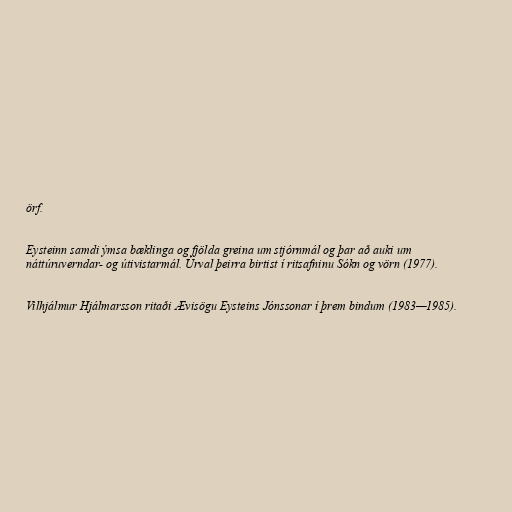
örf.

Eysteinn samdi ýmsa bæklinga og fjölda greina um stjórnmál og þar að auki um
náttúruverndar- og útivistarmál. Úrval þeirra birtist í ritsafninu Sókn og vörn (1977).

Vilhjálmur Hjálmarsson ritaði Ævisögu Eysteins Jónssonar í þrem bindum (1983—1985).